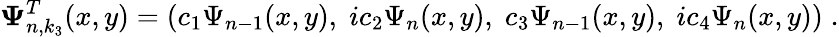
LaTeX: {\mathbf\Psi}_{n,k_{3}}^{T}(x,y)=\left(c_{1}\Psi_{n-1}(x,y),\; ic_{2}\Psi_{n}(x,y),\; c_{3}\Psi_{n-1}(x,y),\; ic_{4}\Psi_{n}(x,y)\right)\; .